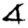
Digit: 4